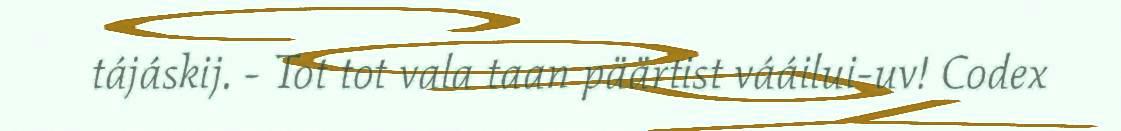
tájáskij. - Tot tot vala taan päärtist vááilui-uv! Codex